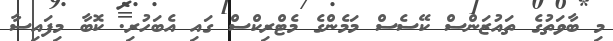
މި ބާވަތުގެ ތައުޒަންސް ކޭސެސް މަމެންގެ މެޓްރިކްސް ގައި އެބަހުރި. ކޮބާ މިފައިސާ